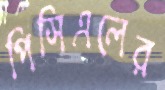
পিসিএলের